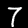
Digit: 7